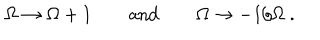
\Omega \to \Omega + 1 \qquad \mathrm { a n d } \qquad \Omega \to - 1 / \Omega \ .